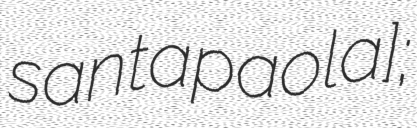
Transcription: santaˈpaːola];